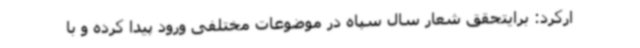
ارکرد: برایتحقق شعار سال سپاه در موضوعات مختلفی ورود پیدا کرده و با